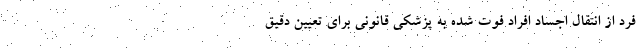
فرد از انتقال اجساد افراد فوت شده به پزشکی قانونی برای تعیین دقیق